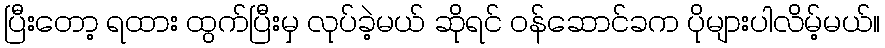
ပြီးတော့ ရထား ထွက်ပြီးမှ လုပ်ခဲ့မယ် ဆိုရင် ဝန်ဆောင်ခက ပိုများပါလိမ့်မယ်။